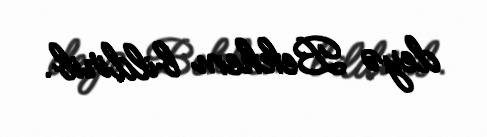
deyə Bekhem bildirib.